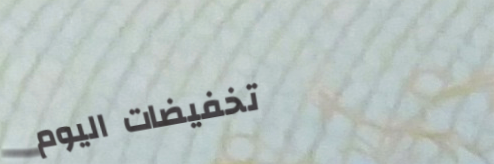
تخفيضات اليوم